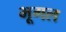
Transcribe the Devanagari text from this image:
भूगल